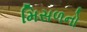
મિસળનો